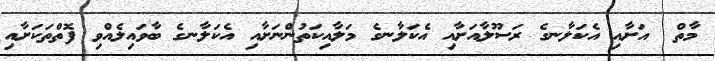
މާތް  އަށާއި އެކަލާނގެ ރަސޫލާއަށާއި އެކަލާނގެ މަލާއިކަތުންނަށާއި އެކަލާނގެ ބާވައިލެއްވި ފޮތްތަކަށާއި